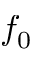
f _ { 0 }